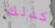
كذلك